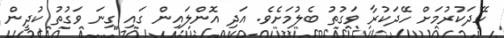
ހޭދަކުރުމަށް ހޭދަކުރާ ވަގުތު ބެލުމަށެވެ. އަދި އޮންލައިން ގައި ގިނަ ވަގުތު ކުދީން